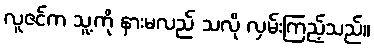
လူဇင်က သူ့ကို နားမလည် သလို လှမ်းကြည့်သည်။